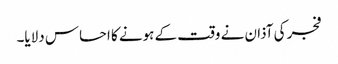
فجر کی آذان نے وقت کے ہونے کا احساس دلایا۔